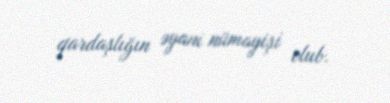
qardaşlığın əyani nümayişi olub.